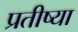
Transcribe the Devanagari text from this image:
प्रतीष्या